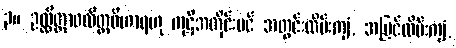
၃။ ဥလ္လိတ္တာဝလိတ္တဝိဟာရဟု ကုဋိအတိုင်းပင် အတွင်းလိမ်းကျံ, အပြင်လိမ်းကျံ,